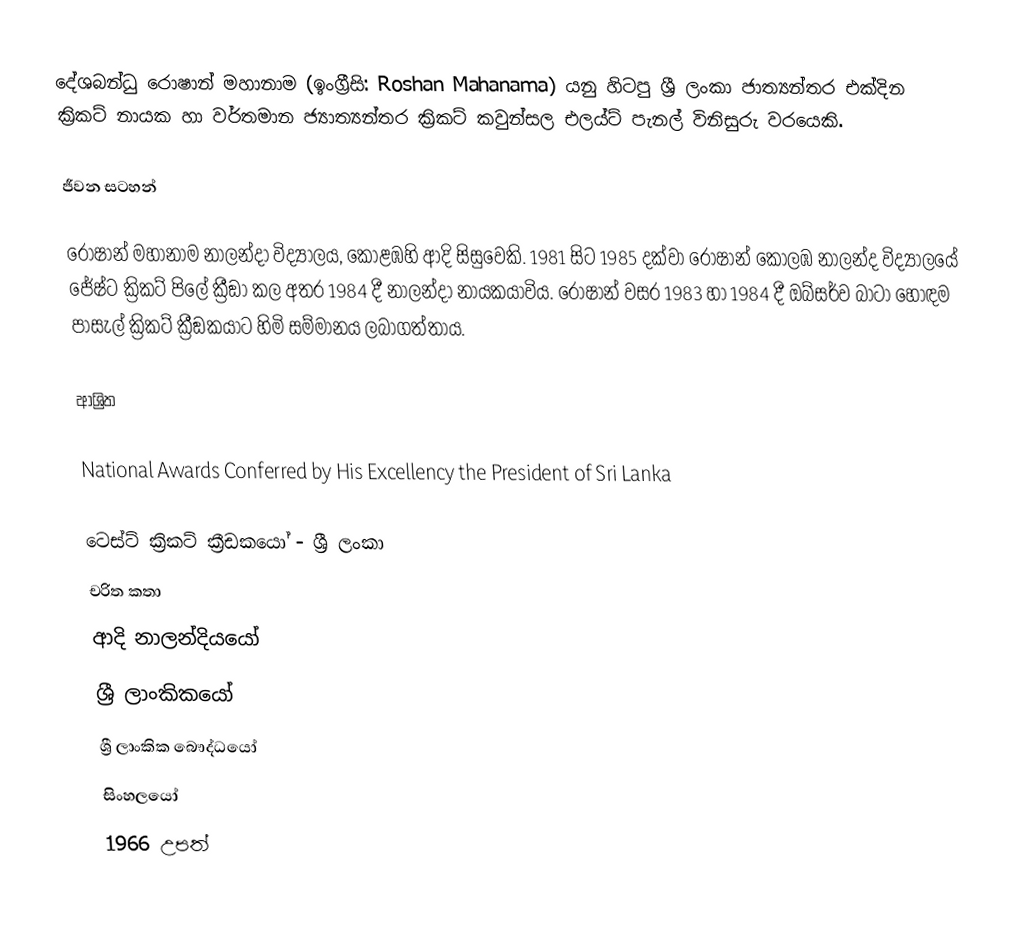
දේශබන්ධු රොෂාන් මහානාම (ඉංග්‍රීසි: Roshan Mahanama) යනු හිටපු ශ්‍රී ලංකා ජාත්‍යන්තර එක්දින ක්‍රිකට් නායක හා වර්තමාන ජ්‍යාත්‍යන්තර ක්‍රිකට් කවුන්සල එලය්ට් පැනල් විනිසුරු වරයෙකි.

ජීවන සටහන්

 රොෂාන් මහානාම   නාලන්දා විද්‍යාලය, කොළඹහි ආදි සිසුවෙකි. 1981 සිට 1985 දක්වා රොෂාන් කොලඹ නාලන්ද  විද්‍යාලයේ  ජේෂ්ට ක්‍රිකට් පිලේ ක්‍රීඞා කල අතර 1984 දී නාලන්දා නායකයාවිය. රොෂාන් වසර 1983 හා 1984  දී ඔබ්සර්ව බාටා හොඳම පාසැල් ක්‍රිකට් ක්‍රීඞකයාට හිමි සම්මානය ලබාගත්තාය.

ආශ්‍රිත

 National Awards Conferred by His Excellency the President of Sri Lanka

ටෙස්ට් ක්‍රිකට් ක්‍රීඩකයෝ - ශ්‍රී ලංකා
චරිත කතා
ආදි නාලන්දියයෝ
ශ්‍රී ලාංකිකයෝ
ශ්‍රී ලාංකික බෞද්ධයෝ
සිංහලයෝ
1966 උපත්